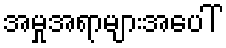
အမှုအရာများအပေါ်